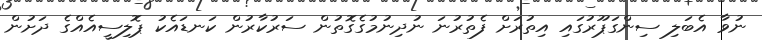
ނުވާ އެބަލި ސިންގަޕޫރުގައި އިތުރަށް ފެތުރުނަ ނުދިނުމުގެގޮތުން ސަރުކާރުން ކަނޑައެކު ޕޮލިސީއެއްގެ ދަށުން